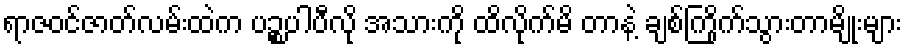
ရာဇဝင်ဇာတ်လမ်းထဲက ပဉ္စပါပီလို အသားကို ထိလိုက်မိ တာနဲ့ ချစ်ကြိုက်သွားတာမျိုးများ